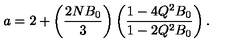
a = 2 + \left( \frac { 2 N B _ { 0 } } { 3 } \right) \left( \frac { 1 - 4 Q ^ { 2 } B _ { 0 } } { 1 - 2 Q ^ { 2 } B _ { 0 } } \right) .